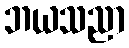
ဘယသညာ